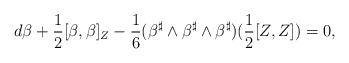
LaTeX: \begin{align*}d\beta+\frac{1}{2}[\beta,\beta]_Z-\frac{1}{6} (\beta^\sharp\wedge \beta^\sharp\wedge\beta^\sharp )(\frac{1}{2}[Z,Z])=0,\end{align*}